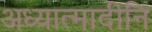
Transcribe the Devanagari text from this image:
अध्यात्मादीनि